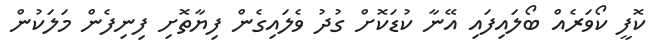
ކޮފީ ކޯވަރެއް ބޯލައިފައި އޭނާ ކުޑަކޮށް ގުދު ވެލައިގެން ފިޔާތޮށި ފިނިފެން މަލަކުން